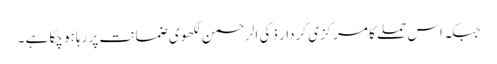
جبکہ اس حملے کا مرکزی کردار ذکی الرحمن لکھوی ضمانت پر رہا ہو چکا ہے ۔